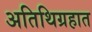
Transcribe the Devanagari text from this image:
अतिथिग्रहात